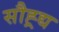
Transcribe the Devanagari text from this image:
सौह्र्द्य